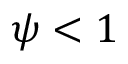
\psi < 1